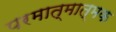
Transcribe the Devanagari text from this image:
परमात्मात्मक